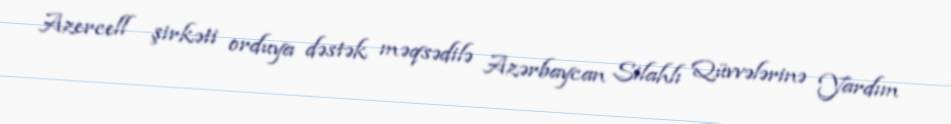
Azercell şirkəti orduya dəstək məqsədilə Azərbaycan Silahlı Qüvvələrinə Yardım